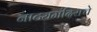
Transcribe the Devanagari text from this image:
नाट्यमंदिराचे